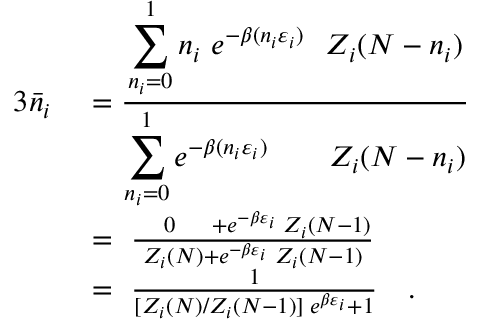
{ \begin{array} { r l } { { 3 } { \bar { n } } _ { i } \ } & { = { \frac { \displaystyle \sum _ { n _ { i } = 0 } ^ { 1 } n _ { i } \ e ^ { - \beta ( n _ { i } \varepsilon _ { i } ) } \ \ Z _ { i } ( N - n _ { i } ) } { \displaystyle \sum _ { n _ { i } = 0 } ^ { 1 } e ^ { - \beta ( n _ { i } \varepsilon _ { i } ) } \qquad Z _ { i } ( N - n _ { i } ) } } } \\ & { = \ { \frac { \quad 0 \quad \; + e ^ { - \beta \varepsilon _ { i } } \; Z _ { i } ( N - 1 ) } { Z _ { i } ( N ) + e ^ { - \beta \varepsilon _ { i } } \; Z _ { i } ( N - 1 ) } } } \\ & { = \ { \frac { 1 } { [ Z _ { i } ( N ) / Z _ { i } ( N - 1 ) ] \; e ^ { \beta \varepsilon _ { i } } + 1 } } \quad . } \end{array} }